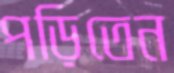
পড়িতেন